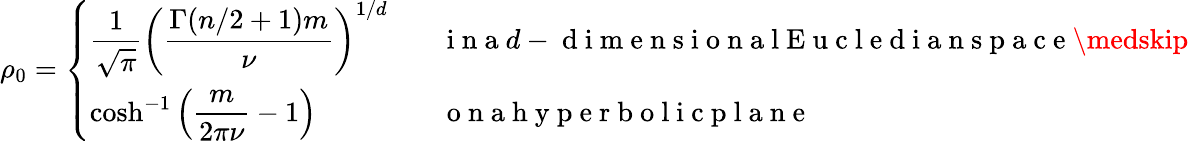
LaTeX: \rho_{0}=\left\{ \begin{array}{ll}{\displaystyle\frac{1}{\sqrt{\pi}}\left(\frac{\Gamma(n/2+1)m}{\nu}\right)^{1/d}\; \; \; }&{\mathrm{~i~n~a~}d-\mathrm{~d~i~m~e~n~s~i~o~n~a~l~E~u~c~l~e~d~i~a~n~s~p~a~c~e~}\medskip}\\ {\displaystyle\cosh^{-1}\left(\frac{m}{2\pi\nu}-1\right)\; \; \; }&{\mathrm{~o~n~a~h~y~p~e~r~b~o~l~i~c~p~l~a~n~e~}}\end{array}\right.